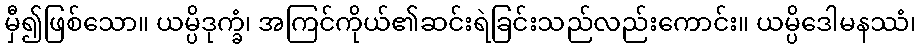
မှီ၍ဖြစ်သော။ ယမ္ပိဒုက္ခံ၊ အကြင်ကိုယ်၏ဆင်းရဲခြင်းသည်လည်းကောင်း။ ယမ္ပိဒေါမနဿံ၊